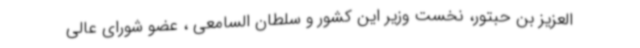
العزیز بن حبتور، نخست وزیر این کشور و سلطان السامعی ، عضو شورای عالی